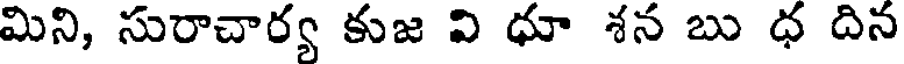
మిని, సురాచార్య కుజ వి ధూ శన బు ధ దిన